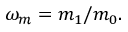
\begin{array} { r } { \omega _ { m } = m _ { 1 } / m _ { 0 } . } \end{array}